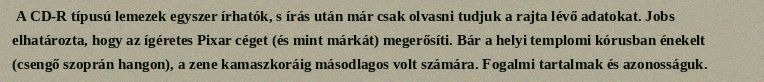
A CD-R típusú lemezek egyszer írhatók, s írás után már csak olvasni tudjuk a rajta lévő adatokat. Jobs elhatározta, hogy az ígéretes Pixar céget (és mint márkát) megerősíti. Bár a helyi templomi kórusban énekelt (csengő szoprán hangon), a zene kamaszkoráig másodlagos volt számára. Fogalmi tartalmak és azonosságuk.